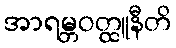
အာရမ္ဘဝတ္ထူနီတိ